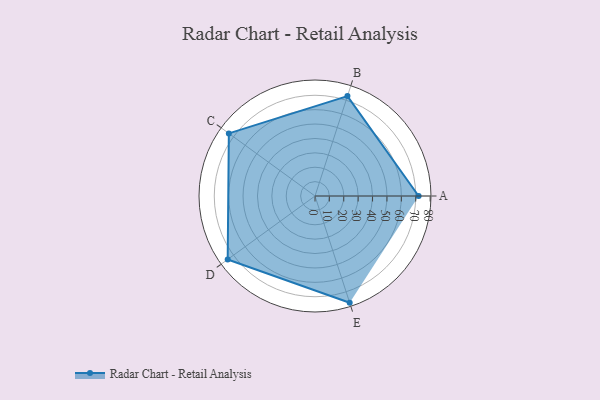
{"axis": {"x": "Skill", "y": "Score"}, "legend": ["Profile"], "data": [{"x": "A", "y": 72.0, "type": "Profile"}, {"x": "B", "y": 73.0, "type": "Profile"}, {"x": "C", "y": 74.0, "type": "Profile"}, {"x": "D", "y": 75.0, "type": "Profile"}, {"x": "E", "y": 78.0, "type": "Profile"}]}